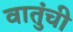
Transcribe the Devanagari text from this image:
वातुंची